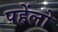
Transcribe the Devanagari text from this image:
पहेंलो